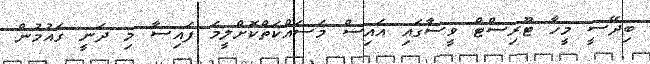
ބިދޭސީ މީހާ ޓޫރިސްޓް ވީސާގައި އައިސް މަސައްކަތްކޮށްލީމަ ފައިސާ މި ދަނީ ގައުމުން